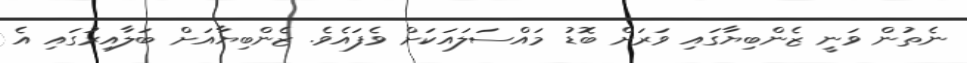
ނެތުން ވަނީ ޒެންބިޔާގައި ވަރަށް ބޮޑު މައްސަލައަކަށް ވެފައެވެ. ޒެންބިޔާއަށް ބަލާއިރުގައި އެ